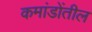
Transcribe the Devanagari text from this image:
कमांडोंतील